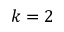
k = 2